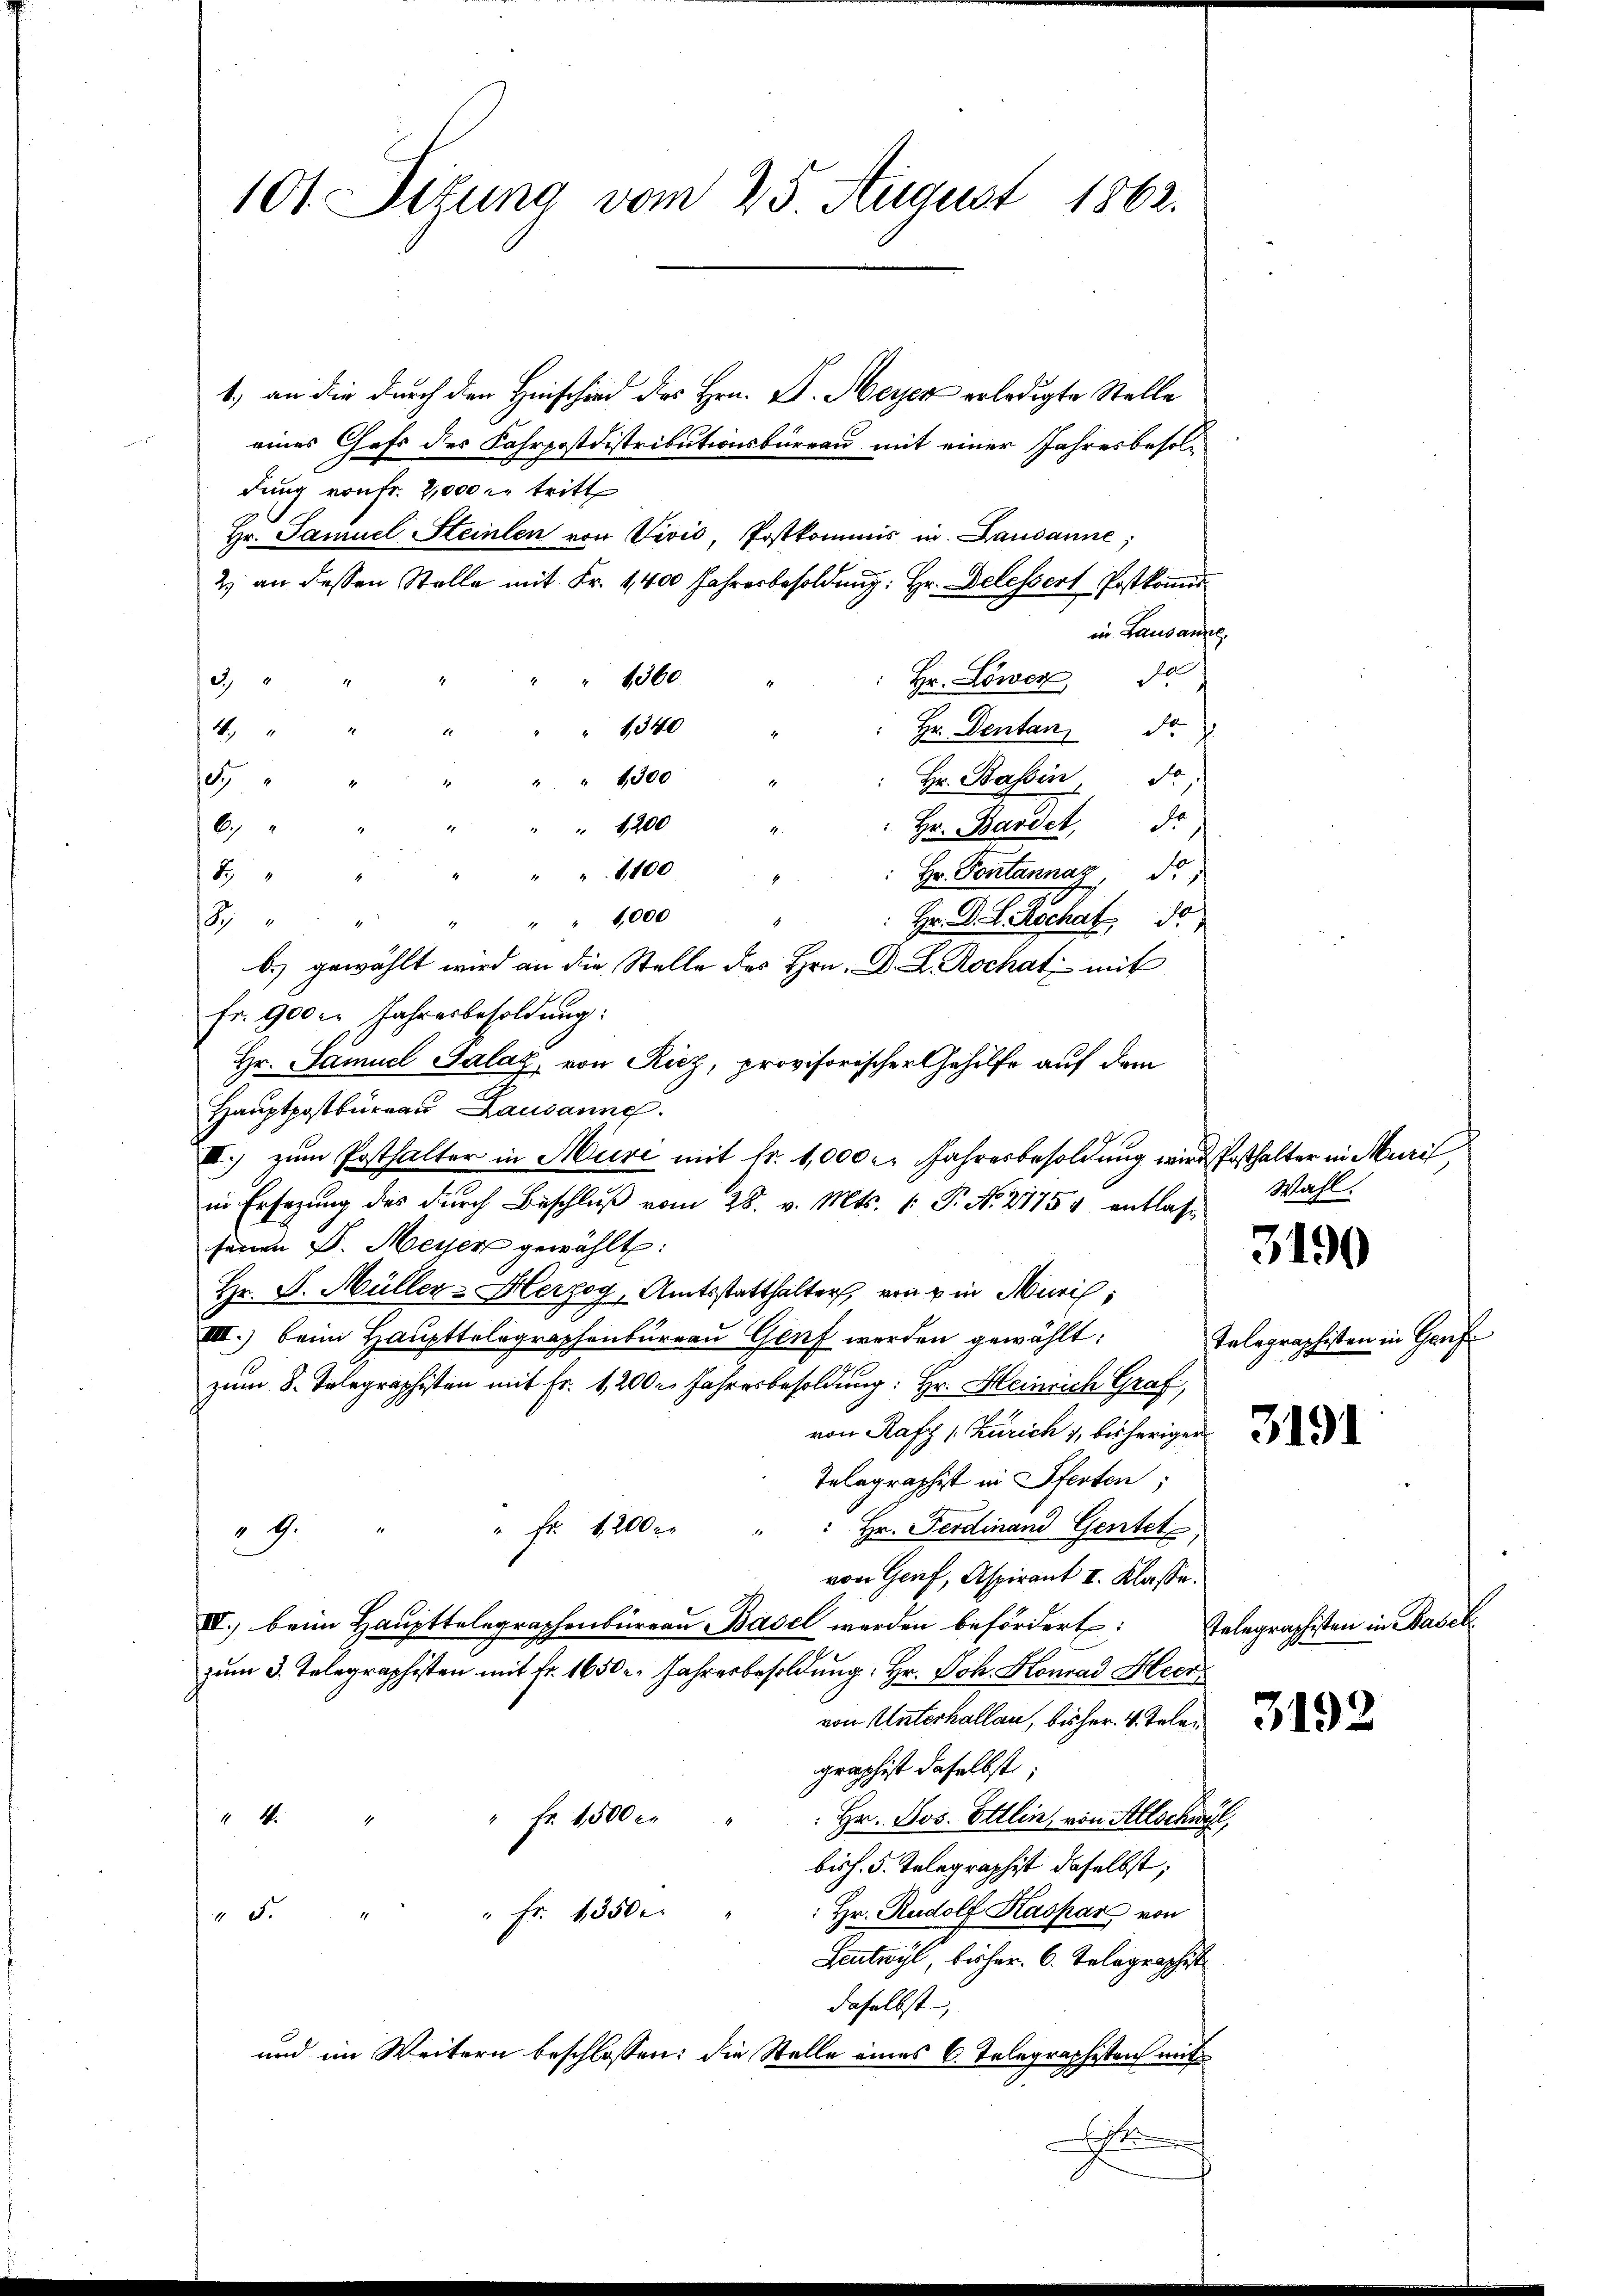
101. Sitzung vom 25. August 1862.

1) an die durch den Hinschied des Hrn. D. Meyer erledigte Stelle
eines Chefs des Fahrpostdistributionsbüreau mit einer Jahresbesoldung von fr. 2,000 r. tritt
Hr. Samuel Steinlen von Vivić, Postkommis in Lausanne;
2) an dessen Stelle mit Fr. 1400 Jahresbesoldŭng: Hr. Delessert Postkoṁis
in Lausanne,
Hr. Lower da
1360
3.
Hr. Dentan d
 1340
4
" 1300
Hr. Bassin, Fo
5
6
Hr. Bardet, Jo
 1200
1,100
Hr. Pontannaz, d.
8
Hr. D. R. Hochat, d
8 " " " " " " 1000
b.) gewählt wird an die Stelle des Hrn. D. L. Rochat mit
Fr. 900 l. Jahresbesoldung:
Hr. Samuel Salaz, von Riez, provisorischer Gehilfe auf dem
Haŭptpostbüreau Lausanne.
.) zum Posthalter in Muri mit fr. 1,000 l. Jahresbesoldung wird Posthalter in Muri,
in Ersezung des durch Beschluß vom 28. v. Mts. (: P. N. 21754 entlasse
seinen D. Meyer gewählt:
Hr. J. Müller - Herzog, Amtsstatthalter, von u in Muri,
VIII.) beim Haupttelegraphenbureau Genf werden gewählt:
zum 8. Telegraphisten mit Fr. 1,200 r. Jahresbesoldung: Hr. Heinrich Graf,
von Rafz s. Zürich 1 bisherigen
Telegraphist in Pferten;
 Hr. Ferdinand Gentet
" Fr. 1200 r
4
von Genf, Aspirant I. Klasse:
IV.) beim Haupttelegraphenbüreau Basel werden befördert:
zum 3. Telegraphisten mit Fr. 1650. Jahresbesoldung: Hr. Joh. Konrad Hech
von Unterhallan, bisher. v. Telegraphist daselbst,
" Fr. 1500 in
 Hr. Jos. Ettlin, von Allschwyl,
4
bish. 5. Telegraphist daselbst;
: Hr. Rudolf Kaspar von
" 5. " " fr. 1350.
Seutwyl, bisher. 6. Telegraphist
daselbst,
und im Weitern beschlossen: die Stelle eines C. Telegraphisten mit
I
.

Wahl.
3190

telegraphisten in Graf

Telegraphisten in Basel

3192